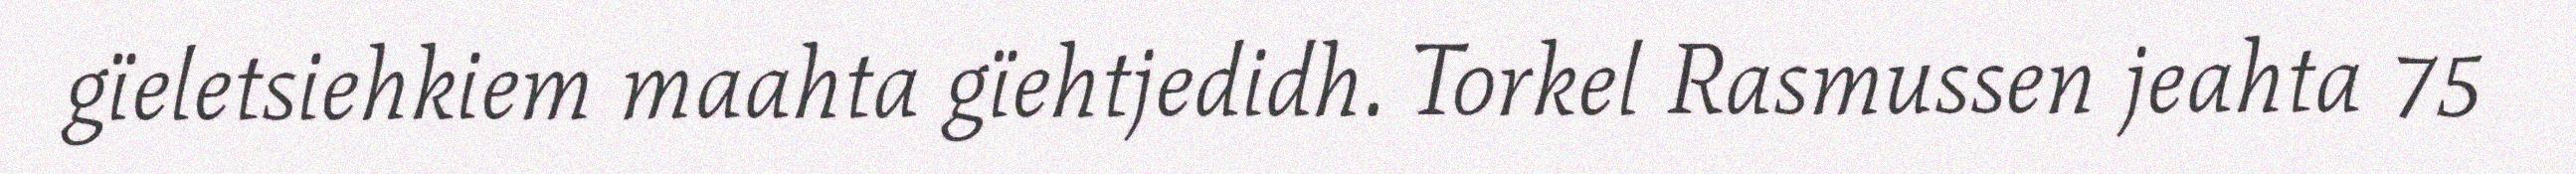
gïeletsiehkiem maahta gïehtjedidh. Torkel Rasmussen jeahta 75